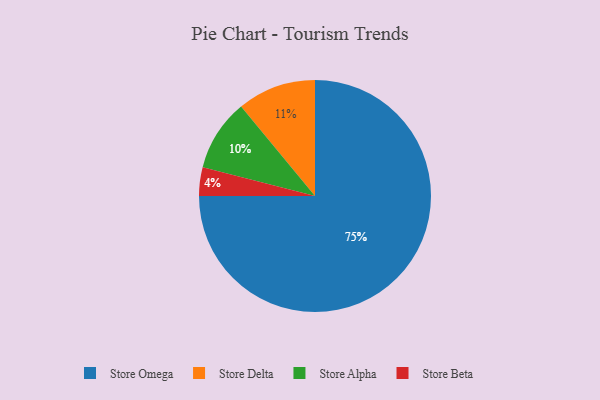
{"axis": {"x": "Category", "y": "Percentage"}, "legend": ["Store Alpha", "Store Beta", "Store Delta", "Store Omega"], "data": [{"x": "Store Beta", "y": 4, "type": "Store Beta"}, {"x": "Store Delta", "y": 11, "type": "Store Delta"}, {"x": "Store Omega", "y": 75, "type": "Store Omega"}, {"x": "Store Alpha", "y": 10, "type": "Store Alpha"}]}